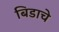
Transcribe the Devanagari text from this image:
बिडाचे